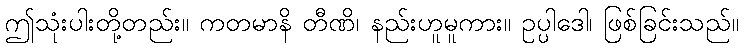
ဤသုံးပါးတို့တည်း။ ကတမာနိ တီဏိ၊ နည်းဟူမူကား။ ဥပ္ပါဒေါ၊ ဖြစ်ခြင်းသည်။